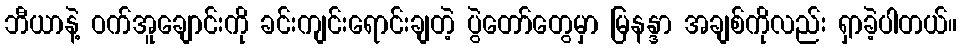
ဘီယာနဲ့ ဝက်အူချောင်းကို ခင်းကျင်းရောင်းချတဲ့ ပွဲတော်တွေမှာ မြနန္ဒာ အချစ်ကိုလည်း ရှာခဲ့ပါတယ်။